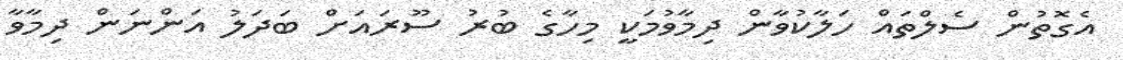
އެގޮތުން ސެލްތައް ހަލާކުވާން ދިމާވުމަކީ މިހާގެ ބުރު ސޫރައަށް ބަދަލު އަންނަން ދިމާވާ